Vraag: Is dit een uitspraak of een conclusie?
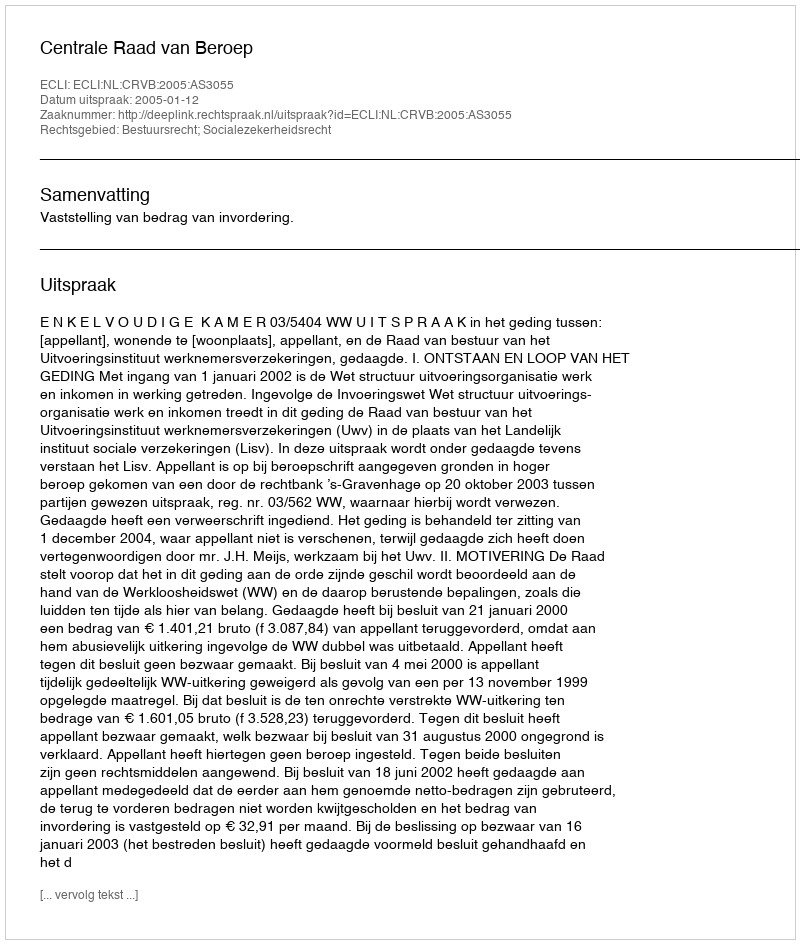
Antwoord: Uitspraak